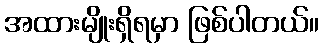
အထားမျိုးရှိရမှာ ဖြစ်ပါတယ်။